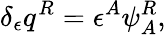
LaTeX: \delta_{\epsilon}q^{R}=\epsilon^{A}\psi_{A}^{R},